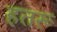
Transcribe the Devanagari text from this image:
हतरू